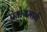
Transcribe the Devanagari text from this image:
प्रयोगमार्ग